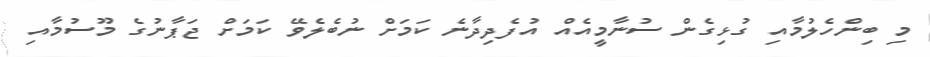
މި ބިންހެލުމާއި ގުޅިގެން ސުނާމީއެއް އުފެދިދާނެ ކަމަށް ނުބެލެވޭ ކަމަށް ޖަޕާނުގެ މޫސުމާއި